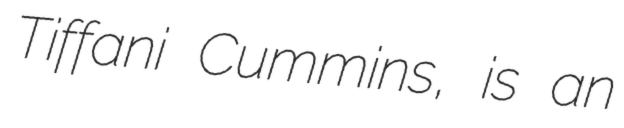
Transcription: Tiffani Cummins, is an